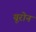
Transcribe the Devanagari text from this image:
यूरोन